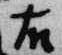
右